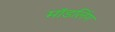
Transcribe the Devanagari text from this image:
मॉडलिंग